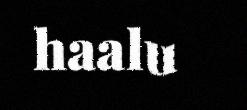
haalu